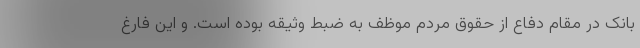
بانک در مقام دفاع از حقوق مردم موظف به ضبط وثیقه بوده است. و این فارغ